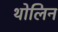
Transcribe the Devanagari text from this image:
थोलिन